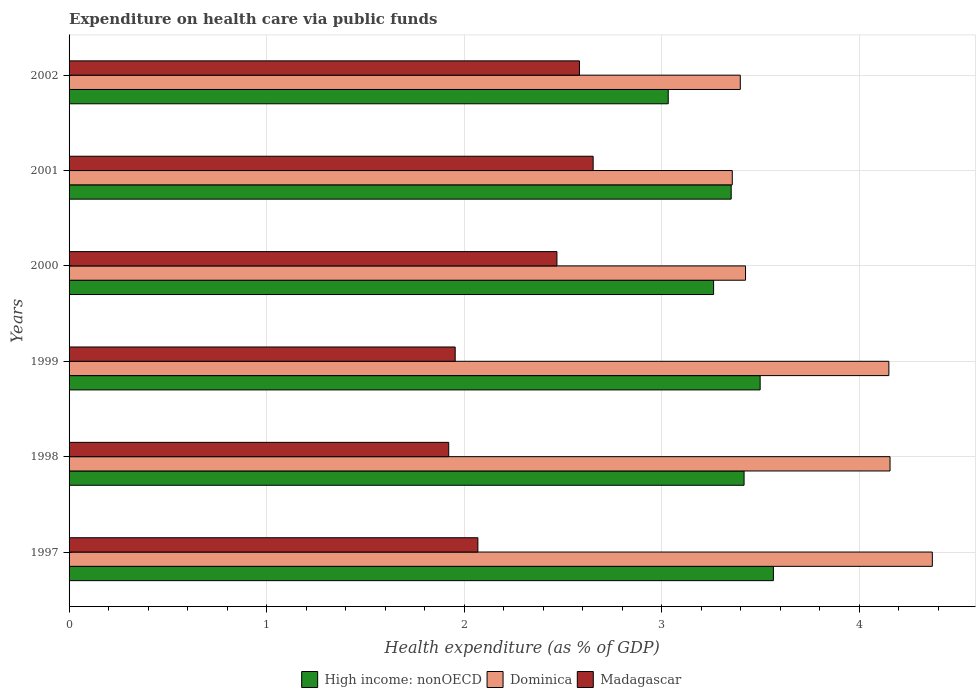
| Years | High income: nonOECD | Dominica | Madagascar |
 | --- | --- | --- | --- |
 | 1997 | 3.57 | 4.37 | 2.07 |
 | 1998 | 3.42 | 4.16 | 1.92 |
 | 1999 | 3.5 | 4.15 | 1.95 |
 | 2000 | 3.26 | 3.42 | 2.47 |
 | 2001 | 3.35 | 3.36 | 2.65 |
 | 2002 | 3.03 | 3.4 | 2.58 |